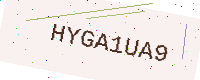
Text: HYGA1UA9